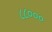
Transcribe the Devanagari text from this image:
८८०००